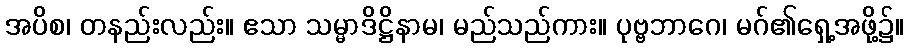
အပိစ၊ တနည်းလည်း။ ဧသာ သမ္မာဒိဋ္ဌိနာမ၊ မည်သည်ကား။ ပုဗ္ဗဘာဂေ၊ မဂ်၏ရှေ့အဖို့၌။